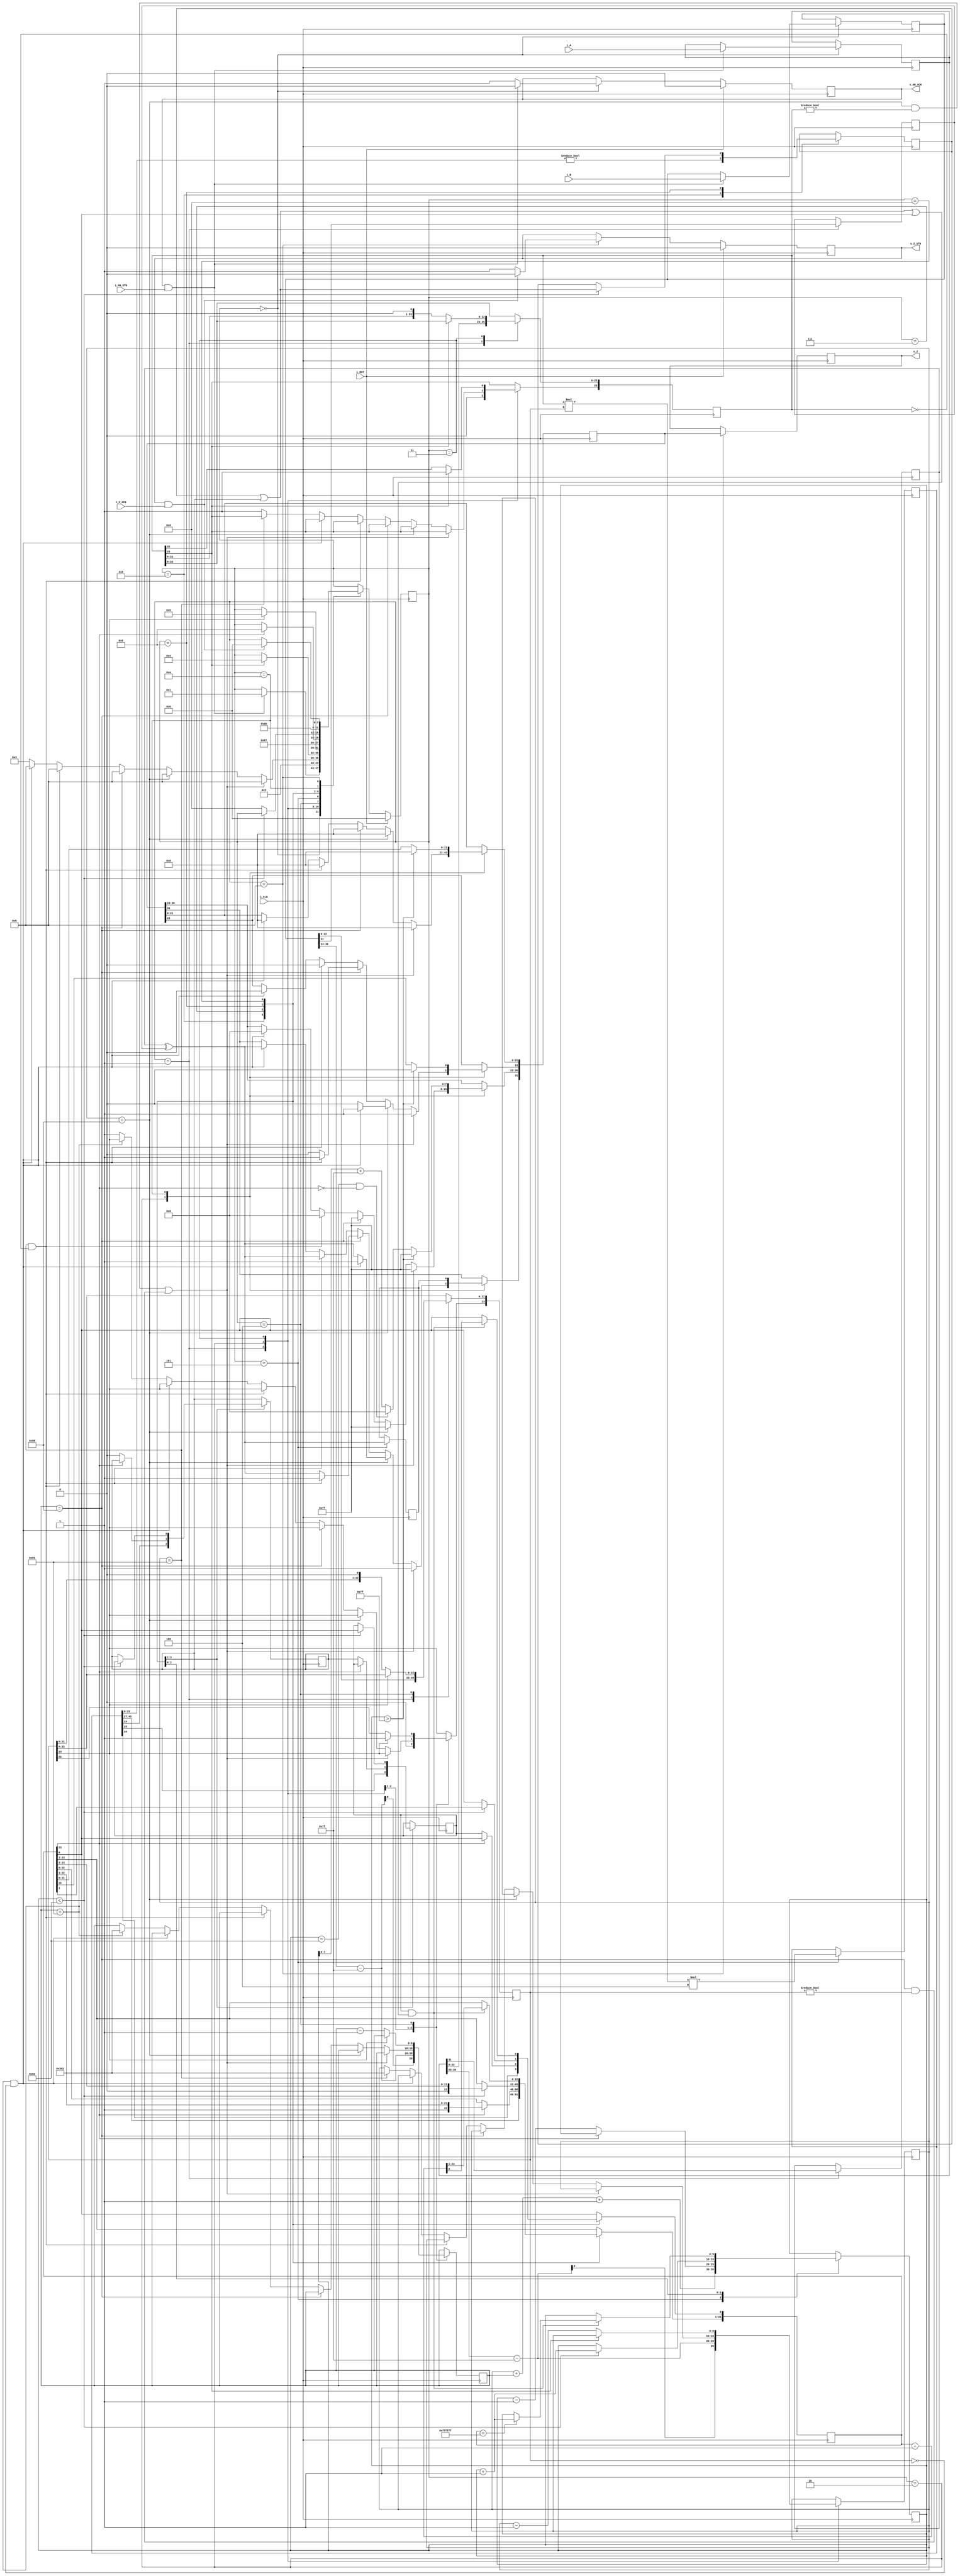
//IEEE Floating Point Multiplier (Single Precision)
//Copyright (C) Jonathan P Dawson 2013
//2013-12-12
// A*B => Z
module float_multiplier(
  input [31:0] i_A, // input a
  input [31:0] i_B, // input b
  input i_AB_STB, // input data is valid
  output reg o_AB_ACK, // A flag that next calculation is ready
  output reg [31:0] o_Z,  // output data
  output reg o_Z_STB, // Calculation is done, and output data is valid
  input i_Z_ACK, // A flag that external module get data, so, o_Z is going to meaningless
  // it can be used as elongating o_Z_STB High (1)
  input i_CLK, // clock
  input i_RST // reset activate High(1)(asynchronous)
  );
  // CHANGED: remove state get_b
  reg       [3:0] state;
  parameter get_ab         = 4'd0,
            unpack        = 4'd1,
            special_cases = 4'd2,
            normalise_a   = 4'd3,
            normalise_b   = 4'd4,
            multiply_0    = 4'd5,
            multiply_1    = 4'd6,
            normalise_1   = 4'd7,
            normalise_2   = 4'd8,
            round         = 4'd9,
            pack          = 4'd10,
            put_z         = 4'd11;

  reg       [31:0] a, b, z;
  reg       [23:0] a_m, b_m, z_m;
  reg       [9:0] a_e, b_e, z_e;
  reg       a_s, b_s, z_s;
  reg       guard, round_bit, sticky;
  reg       [49:0] product;

  always @(posedge i_CLK)
  begin
    case(state)
      get_ab:
      begin
        o_AB_ACK <= 1;
		    if (o_AB_ACK && i_AB_STB) begin
          a <= i_A;
          b <= i_B;
			    o_AB_ACK <= 0;
			    state <= unpack;
        end
      end

      unpack:
      begin
        a_m <= a[22 : 0];
        b_m <= b[22 : 0];
        a_e <= a[30 : 23] - 127;
        b_e <= b[30 : 23] - 127;
        a_s <= a[31];
        b_s <= b[31];
        state <= special_cases;
      end

      special_cases:
      begin
        //if a is NaN or b is NaN return NaN
        if ((a_e == 128 && a_m != 0) || (b_e == 128 && b_m != 0)) begin
          z[31] <= 1;
          z[30:23] <= 255;
          z[22] <= 1;
          z[21:0] <= 0;
          state <= put_z;
        //if a is inf return inf
        end else if (a_e == 128) begin
          z[31] <= a_s ^ b_s;
          z[30:23] <= 255;
          z[22:0] <= 0;
          //if b is zero return NaN
          if (($signed(b_e) == -127) && (b_m == 0)) begin
            z[31] <= 1;
            z[30:23] <= 255;
            z[22] <= 1;
            z[21:0] <= 0;
          end
          state <= put_z;
        //if b is inf return inf
        end else if (b_e == 128) begin
          z[31] <= a_s ^ b_s;
          z[30:23] <= 255;
          z[22:0] <= 0;
          //if a is zero return NaN
          if (($signed(a_e) == -127) && (a_m == 0)) begin
            z[31] <= 1;
            z[30:23] <= 255;
            z[22] <= 1;
            z[21:0] <= 0;
          end
          state <= put_z;
        //if a is zero return zero
        end else if (($signed(a_e) == -127) && (a_m == 0)) begin
          z[31] <= a_s ^ b_s;
          z[30:23] <= 0;
          z[22:0] <= 0;
          state <= put_z;
        //if b is zero return zero
        end else if (($signed(b_e) == -127) && (b_m == 0)) begin
          z[31] <= a_s ^ b_s;
          z[30:23] <= 0;
          z[22:0] <= 0;
          state <= put_z;
        end else begin
          //Denormalised Number
          if ($signed(a_e) == -127) begin
            a_e <= -126;
          end else begin
            a_m[23] <= 1;
          end
          //Denormalised Number
          if ($signed(b_e) == -127) begin
            b_e <= -126;
          end else begin
            b_m[23] <= 1;
          end
          state <= normalise_a;
        end
      end

      normalise_a:
      begin
        if (a_m[23]) begin
          state <= normalise_b;
        end else begin
          a_m <= a_m << 1;
          a_e <= a_e - 1;
        end
      end

      normalise_b:
      begin
        if (b_m[23]) begin
          state <= multiply_0;
        end else begin
          b_m <= b_m << 1;
          b_e <= b_e - 1;
        end
      end

      multiply_0:
      begin
        z_s <= a_s ^ b_s;
        z_e <= a_e + b_e + 1;
        product <= a_m * b_m * 4;
        state <= multiply_1;
      end

      multiply_1:
      begin
        z_m <= product[49:26];
        guard <= product[25];
        round_bit <= product[24];
        sticky <= (product[23:0] != 0);
        state <= normalise_1;
      end

      normalise_1:
      begin
        if (z_m[23] == 0) begin
          z_e <= z_e - 1;
          z_m <= z_m << 1;
          z_m[0] <= guard;
          guard <= round_bit;
          round_bit <= 0;
        end else begin
          state <= normalise_2;
        end
      end

      normalise_2:
      begin
        if ($signed(z_e) < -126) begin
          z_e <= z_e + 1;
          z_m <= z_m >> 1;
          guard <= z_m[0];
          round_bit <= guard;
          sticky <= sticky | round_bit;
        end else begin
          state <= round;
        end
      end

      round:
      begin
        if (guard && (round_bit | sticky | z_m[0])) begin
          z_m <= z_m + 1;
          if (z_m == 24'hffffff) begin
            z_e <=z_e + 1;
          end
        end
        state <= pack;
      end

      pack:
      begin
        z[22 : 0] <= z_m[22:0];
        z[30 : 23] <= z_e[7:0] + 127;
        z[31] <= z_s;
        if ($signed(z_e) == -126 && z_m[23] == 0) begin
          z[30 : 23] <= 0;
        end
        //if overflow occurs, return inf
        if ($signed(z_e) > 127) begin
          z[22 : 0] <= 0;
          z[30 : 23] <= 255;
          z[31] <= z_s;
        end
        state <= put_z;
      end

      put_z:
      begin
        //even if o_Z_STB is high when mother module doesn't want data(output_z_ack low) stay still
        // TODO : keep stb flag one clock
        o_Z_STB <= 1;
        o_Z <= z;
        if (o_Z_STB && i_Z_ACK) begin
          o_Z_STB <= 0;
          state <= get_ab;
        end
      end
    endcase

    if (i_RST == 1) begin
      state <= get_ab;
      o_AB_ACK <= 0;
      o_Z_STB <= 0;
    end
  end
   
endmodule